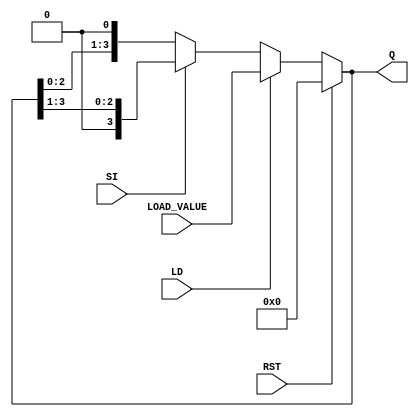
module async_shift_counter (
    input wire SI,      // Shift Input
    input wire LD,      // Load Input
    input wire RST,     // Reset Input
    input wire [3:0] LOAD_VALUE, // Value to load into the counter
    output reg [3:0] Q  // Counter output
);

    // Asynchronous reset and load logic
    always @(*) begin
        if (RST) begin
            Q = 4'b0000; // Reset the counter to 0
        end else if (LD) begin
            Q = LOAD_VALUE; // Load the specified value
        end else begin
            // Shift operation
            if (SI) begin
                // Right shift
                Q = {1'b0, Q[3:1]}; // Shift right and insert 0 at MSB
            end else begin
                // Left shift
                Q = {Q[2:0], 1'b0}; // Shift left and insert 0 at LSB
            end
        end
    end

endmodule